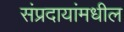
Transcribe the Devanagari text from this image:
संप्रदायांमधील